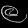
Digit: ၉